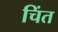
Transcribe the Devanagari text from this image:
चिंत